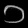
Digit: ၁